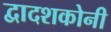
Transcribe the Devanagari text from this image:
द्वादशकोनी